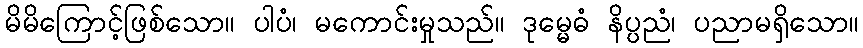
မိမိကြောင့်ဖြစ်သော။ ပါပံ၊ မကောင်းမှုသည်။ ဒုမ္မေဓံ နိပ္ပညံ၊ ပညာမရှိသော။